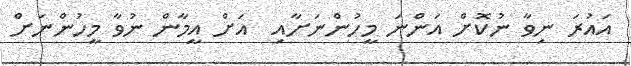
އައުރަ ނިވާ ނުކޮށް އަންނަ މީހުންނަށާއި  އަށް އީމާން ނުވާ މީހުންނަށް